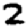
Digit: 2